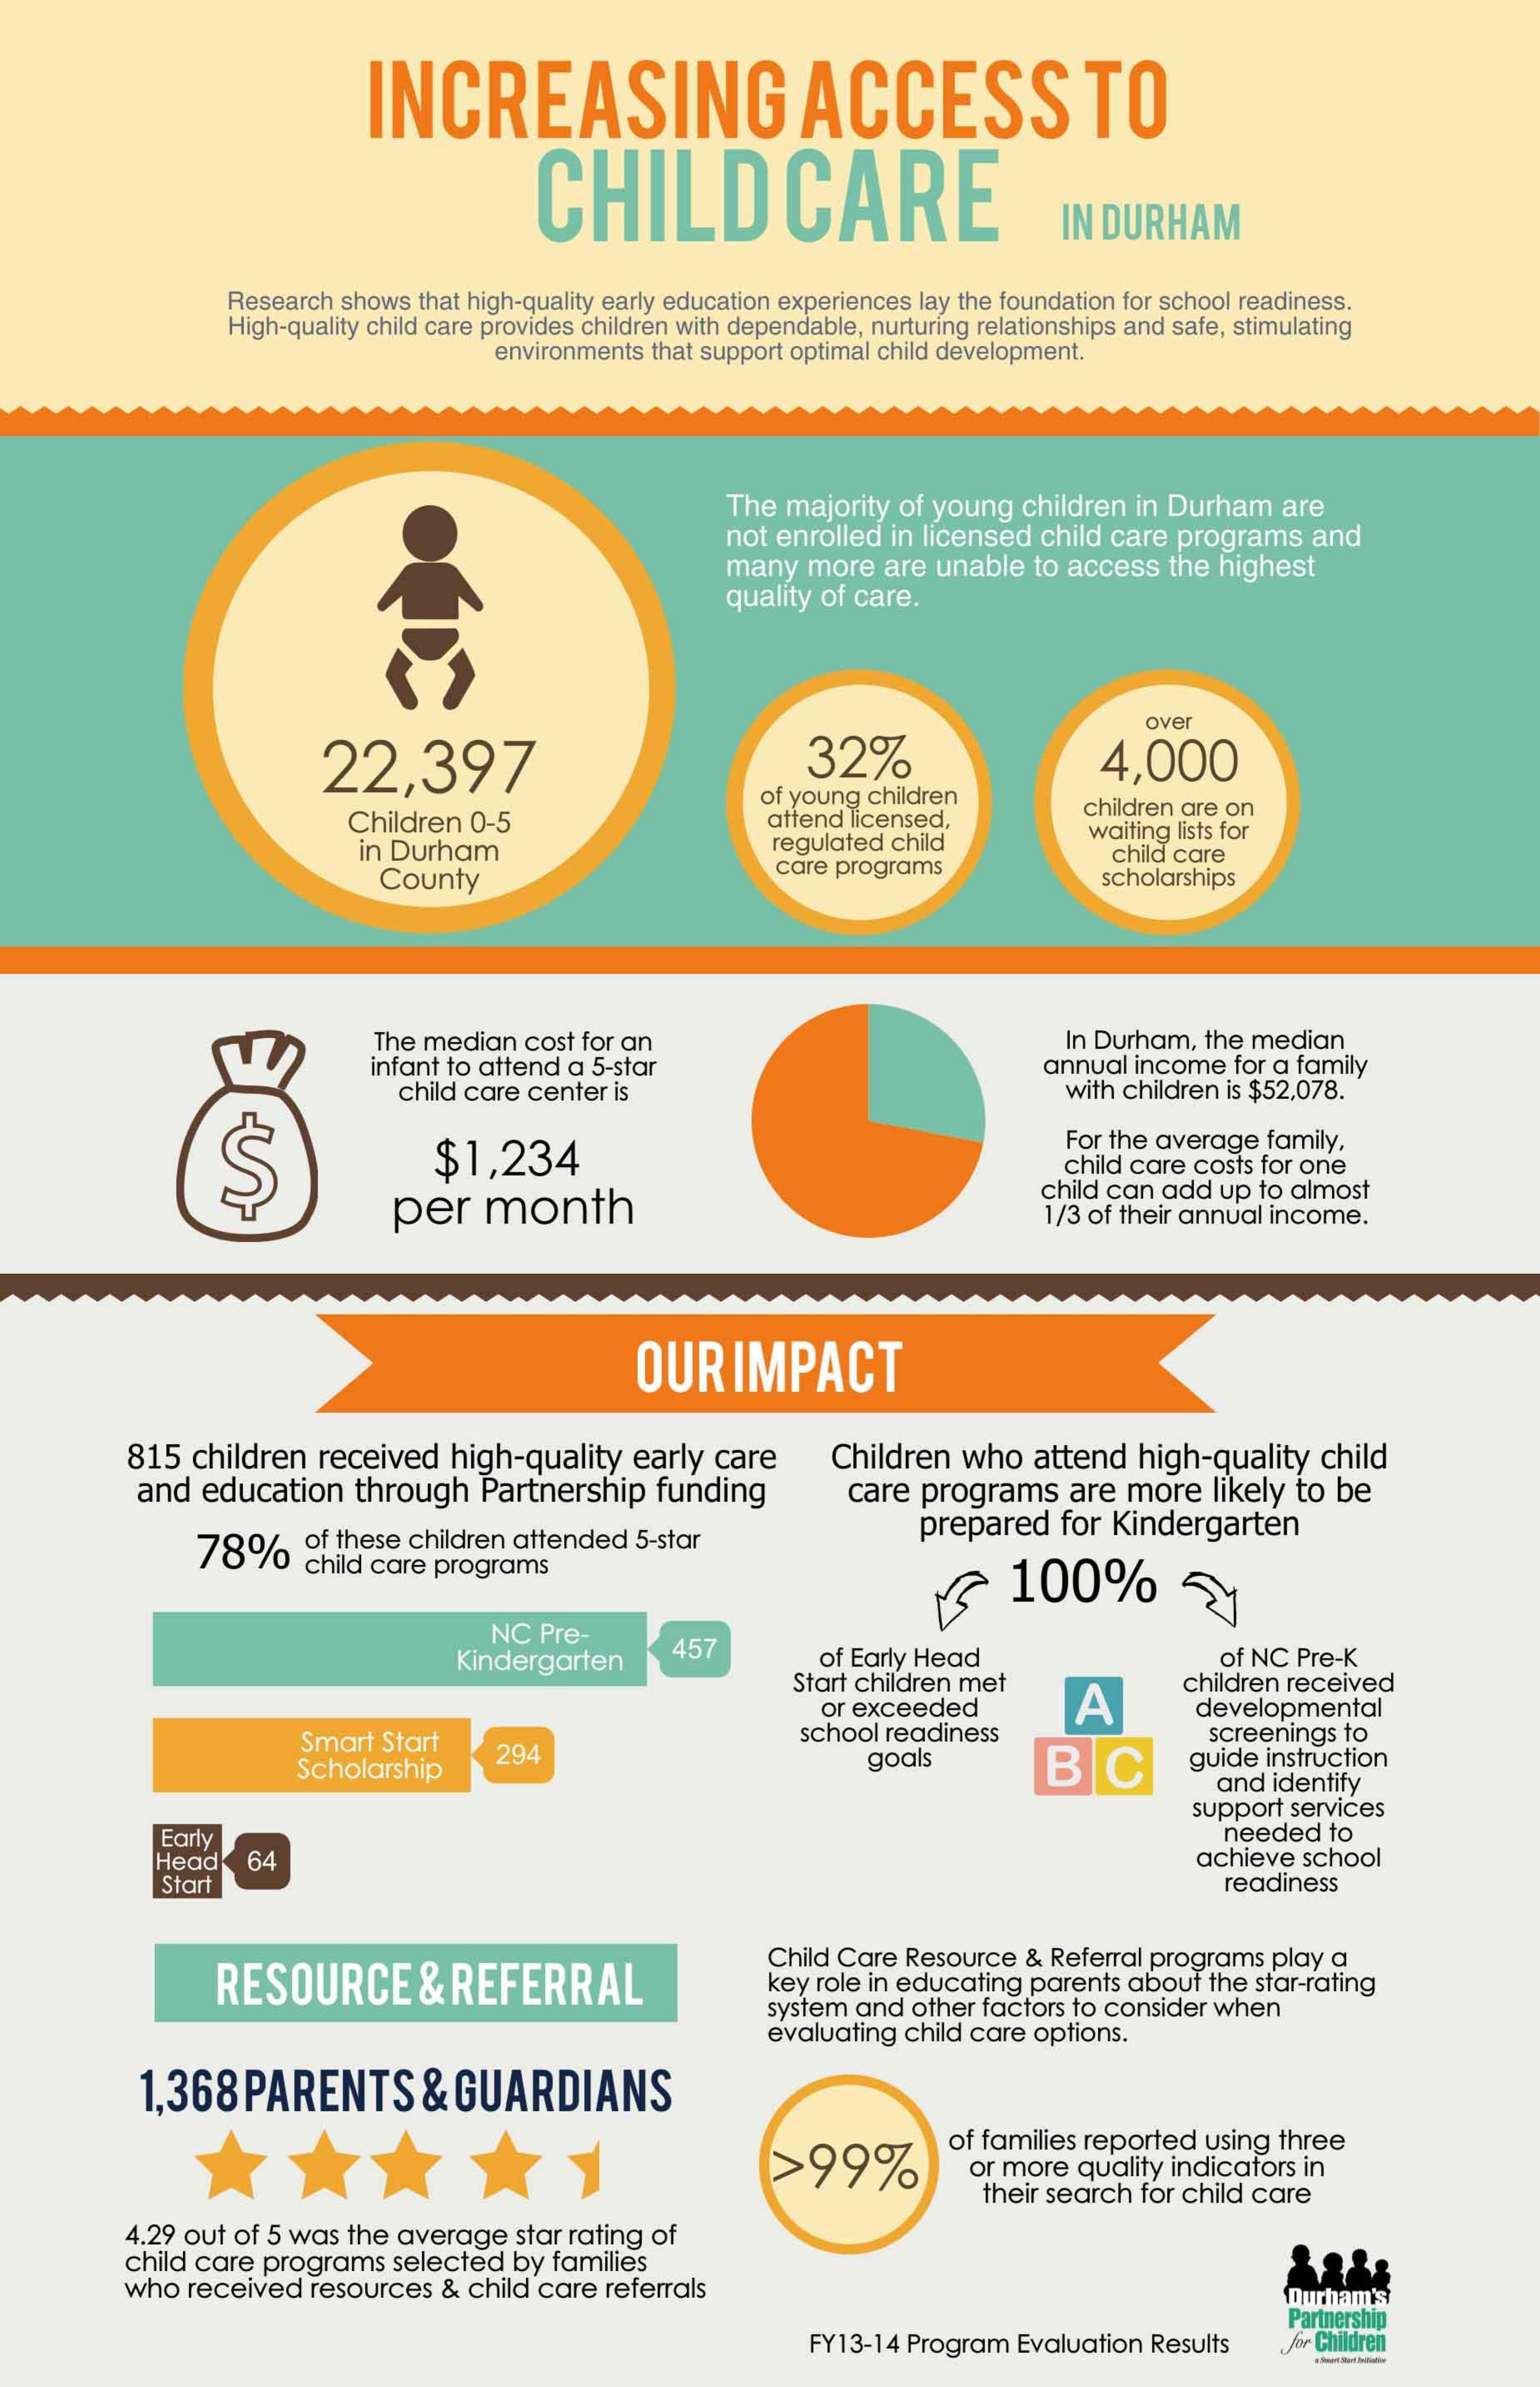
INCREASING    ACCESS    TO
     CHILD    CARE
     IN DURHAM
     Research shows  that high-quality early education experiences lay the foundation for school readiness.
     High-quality child care provides children with dependable, nurturing relationships and safe, stimulating
     environments that support optimal child development.
     The  majority of young  children  in Durham   are
     not enrolled in licensed  child care programs   and
     many   more  are unable  to access  the  highest
     quality of care.
     over
     22,397    32%    4,000
     Children  0-5
     of young children
     attend licensed,
     children are on
     in Durham    regulated child    waiting lists for
     County    care programs
     child care
     scholarships
     The median  cost for an
     infant to attend a 5-star
     In Durham, the median
     annual income  for a family
     child care center is    with children is $52,078.
     S    $1,234
     For the average  family,
     child care costs for one
     per    month
     child can add  up to almost
     1/3 of their annual income.
     OUR    IMPACT
     815  children  received   high-quality   early  care
     and   education   through    Partnership   funding
     Children  who   attend   high-quality   child
     care  programs    are  more   likely to be
     78%    of these children attended  5-star    prepared   for  Kindergarten
     child care programs
     100%
     NC Pre-
     Kindergarten
     457    of Early Head
     Start children met
     of NC Pre-K
     A
     children received
     or exceeded    developmental
     Smart  Start    school readiness    screenings to
     Scholarship
     294    goals    BC    guide instruction
     and  identify
     support services
     Early    needed   to
     Head    64    achieve school
     Start    readiness
     RESOURCE    &  REFERRAL
     Child Care Resource  & Referral programs play a
     key role in educating parents about the star-rating
     system and other factors to consider when
     evaluating child care options.
     1,368   PARENTS    & GUARDIANS
     >99%
     of families reported using  three
     or more  quality indicators in
     their search for child care
     4.29 out of 5 was the average   star rating of
     child care programs  selected  by  families
     who  received   resources &  child care referrals    Durham's
     FY13-14 Program  Evaluation Results
     Partnership
     for Children
     ---